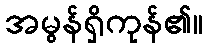
အမွန်ရှိကုန်၏။